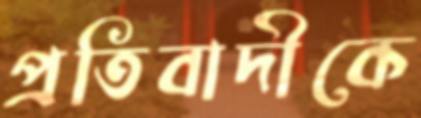
প্রতিবাদীকে